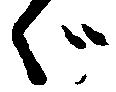
ゞ